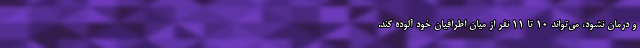
و درمان نشود، می‌تواند ۱۰ تا ۱۱ نفر از میان اطرافیان خود آلوده کند.